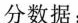
分数据：